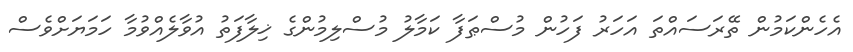
އެހެންކަމުން ތޭރަސައްތަ އަހަރު ފަހުން މުސްޠަފާ ކަމާލު މުސްލިމުންގެ ޚިލާފަތު އުވާލެއްވުމާ ހަމަޔަށްވެސް